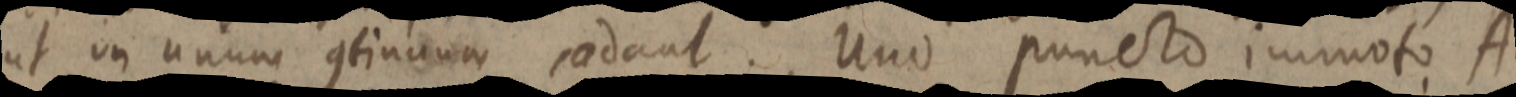
ut on unum continuum saedant. Uno puncto immoto A